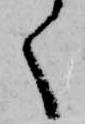
く